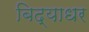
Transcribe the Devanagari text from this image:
बिद्याधर